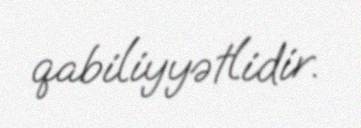
qabiliyyətlidir.